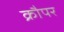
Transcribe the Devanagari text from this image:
क्रौपर